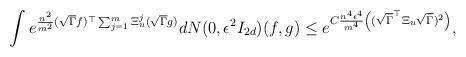
LaTeX: \begin{align*}\int e^{\frac{n^2}{m^2} (\sqrt{\Gamma}f)^\top \sum_{j=1}^{m} \Xi^j_u (\sqrt{\Gamma}g)} dN(0, \epsilon^2 I_{2d}) (f,g) \leq e^{ C \frac{n^4 \epsilon^4}{m^4 } \left((\sqrt{\bar{\Gamma}}^\top \Xi_u \sqrt{\bar{\Gamma}})^2 \right) },\end{align*}